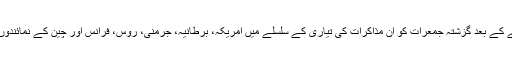
ایران کے ساتھ مذاکرات پر آمادگی ظاہر کرنے کے بعد گزشتہ جمعرات کو ان مذاکرات کی تیاری کے سلسلے میں امریکہ، برطانیہ، جرمنی، روس، فرانس اور چین کے نمائندوں کا اجلاس آسٹریا کے شہر ویانا میں منعقد ہوا۔